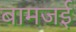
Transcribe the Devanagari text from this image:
बामजई